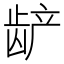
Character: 𬺅